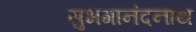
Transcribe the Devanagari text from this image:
सुभगानंदनाथ